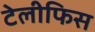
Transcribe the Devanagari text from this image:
टेलीफिस